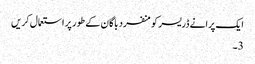
ایک پرانے ڈریسر کو منفرد باگان کے طور پر استعمال کریں
3۔